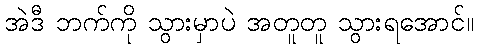
အဲဒီ ဘက်ကို သွားမှာပဲ အတူတူ သွားရအောင်။